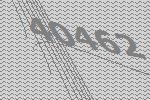
40462